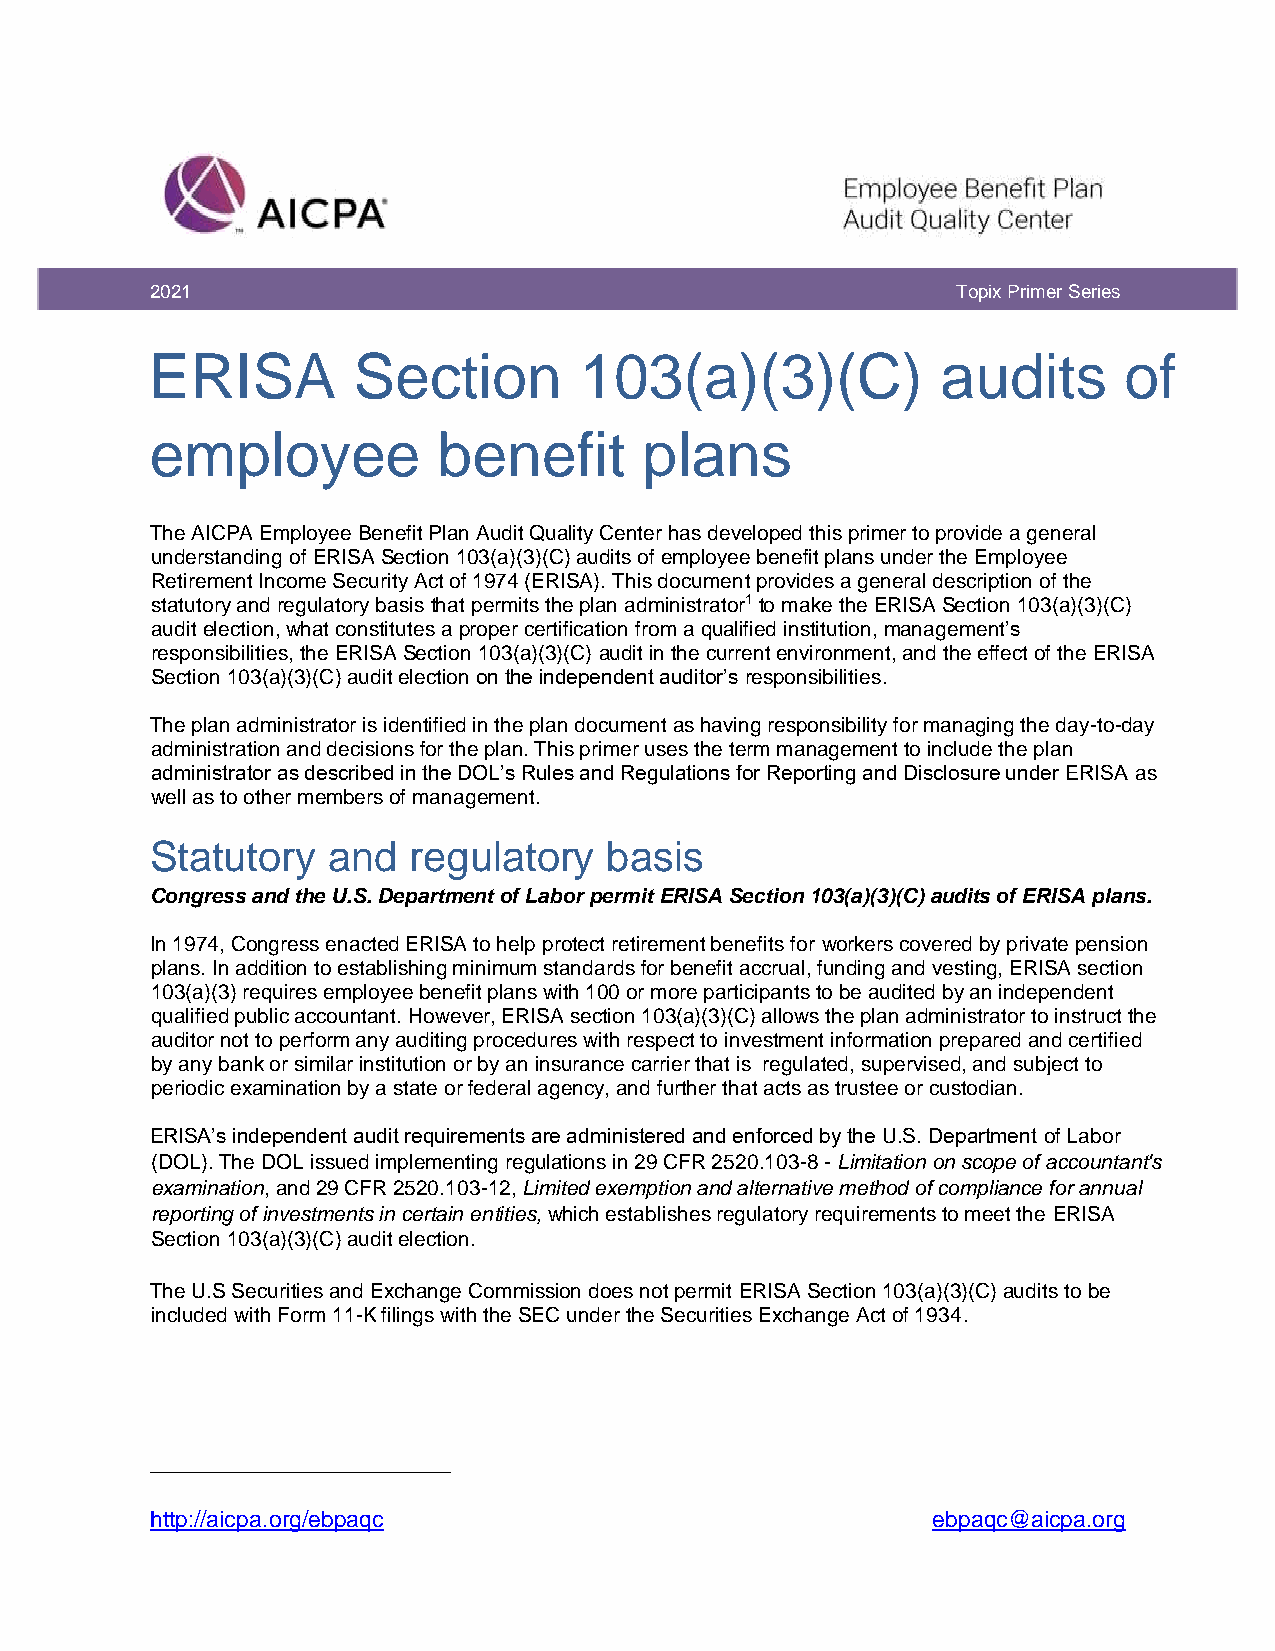
2021                                                 Topix Primer Series
 ERISA        Section        103(a)(3)(C)            audits      of
 employee           benefit       plans
 The AICPA Employee Benefit Plan Audit Quality Center has developed this primer to provide a general
 understanding of ERISA Section 103(a)(3)(C) audits of employee benefit plans under the Employee
 Retirement Income Security Act of 1974 (ERISA). This document provides a general description of the
 statutory and regulatory basis that permits the plan administrator1 to make the ERISA Section 103(a)(3)(C)
 audit election, what constitutes a proper certification from a qualified institution, management’s
 responsibilities, the ERISA Section 103(a)(3)(C) audit in the current environment, and the effect of the ERISA
 Section 103(a)(3)(C) audit election on the independent auditor’s responsibilities.
 The plan administrator is identified in the plan document as having responsibility for managing the day-to-day
 administration and decisions for the plan. This primer uses the term management to include the plan
 administrator as described in the DOL’s Rules and Regulations for Reporting and Disclosure under ERISA as
 well as to other members of management.
 Statutory   and  regulatory   basis
 Congress and the U.S. Department of Labor permit ERISA Section 103(a)(3)(C) audits of ERISA plans.
 In 1974, Congress enacted ERISA to help protect retirement benefits for workers covered by private pension
 plans. In addition to establishing minimum standards for benefit accrual, funding and vesting, ERISA section
 103(a)(3) requires employee benefit plans with 100 or more participants to be audited by an independent
 qualified public accountant. However, ERISA section 103(a)(3)(C) allows the plan administrator to instruct the
 auditor not to perform any auditing procedures with respect to investment information prepared and certified
 by any bank or similar institution or by an insurance carrier that is regulated, supervised, and subject to
 periodic examination by a state or federal agency, and further that acts as trustee or custodian.
 ERISA’s independent audit requirements are administered and enforced by the U.S. Department of Labor
 (DOL). The DOL issued implementing regulations in 29 CFR 2520.103-8 - Limitation on scope of accountant's
 examination, and 29 CFR 2520.103-12, Limited exemption and alternative method of compliance for annual
 reporting of investments in certain entities, which establishes regulatory requirements to meet the ERISA
 Section 103(a)(3)(C) audit election.
 The U.S Securities and Exchange Commission does not permit ERISA Section 103(a)(3)(C) audits to be
 included with Form 11-K filings with the SEC under the Securities Exchange Act of 1934.
 http://aicpa.org/ebpaqc                             ebpaqc@aicpa.org